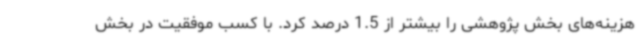
هزینه‌های بخش پژوهشی را بیشتر از 1.5 درصد کرد. با کسب موفقیت در بخش